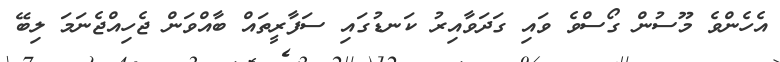
އެހެންވެ މޫސުން ގޯސްވެ ވައި ގަދަވާއިރު ކަނޑުގައި ސަފާރީތައް ބާއްވަން ޖެހިއްޖެނަމަ ލިބޭ